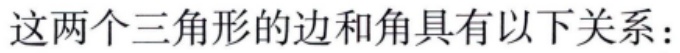
这两个三角形的边和角具有以下关系：